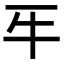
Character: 𤘔